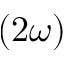
\left( 2 \omega \right)